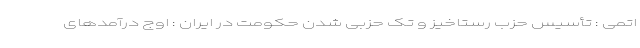
اتمی : تأسیس حزب رستاخیز و تک حزبی شدن حکومت در ایران : اوج درآمدهای